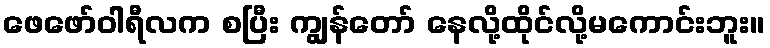
ဖေဖော်ဝါရီလက စပြီး ကျွန်တော် နေလို့ထိုင်လို့မကောင်းဘူး။